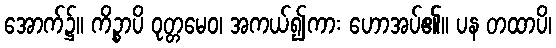
အောက်၌။ ကိဉ္စာပိ ဝုတ္တမေဝ၊ အကယ်၍ကား ဟောအပ်၏။ ပန တထာပိ၊